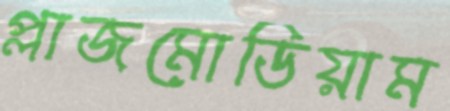
প্লাজমোডিয়াম